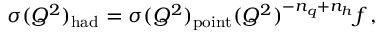
\sigma ( Q ^ { 2 } ) _ { \mathrm { h a d } } = \sigma ( Q ^ { 2 } ) _ { \mathrm { p o i n t } } ( Q ^ { 2 } ) ^ { - n _ { q } + n _ { h } } f \, ,